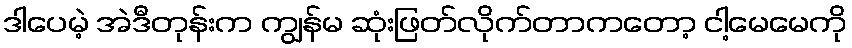
ဒါပေမဲ့ အဲဒီတုန်းက ကျွန်မ ဆုံးဖြတ်လိုက်တာကတော့ ငါ့မေမေကို